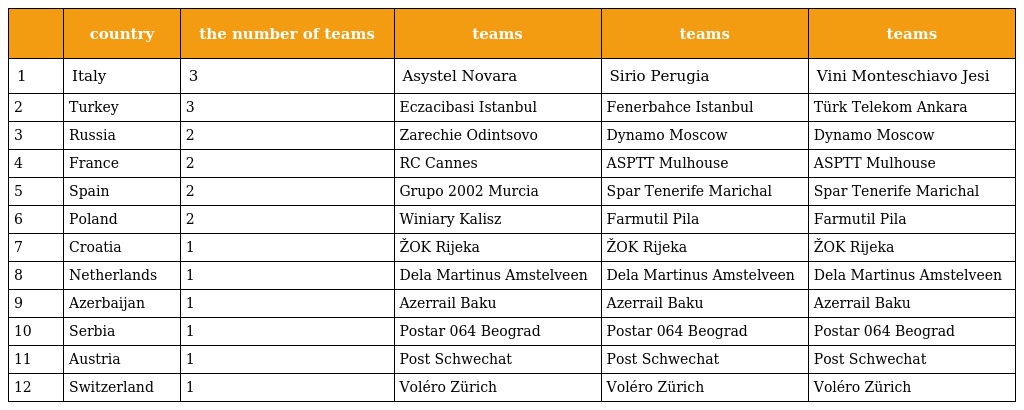
|  | country | the number of teams | teams | teams | teams |
 | --- | --- | --- | --- | --- | --- |
 | 1 | Italy | 3 | Asystel Novara | Sirio Perugia | Vini Monteschiavo Jesi |
 | 2 | Turkey | 3 | Eczacibasi Istanbul | Fenerbahce Istanbul | Türk Telekom Ankara |
 | 3 | Russia | 2 | Zarechie Odintsovo | Dynamo Moscow | Dynamo Moscow |
 | 4 | France | 2 | RC Cannes | ASPTT Mulhouse | ASPTT Mulhouse |
 | 5 | Spain | 2 | Grupo 2002 Murcia | Spar Tenerife Marichal | Spar Tenerife Marichal |
 | 6 | Poland | 2 | Winiary Kalisz | Farmutil Pila | Farmutil Pila |
 | 7 | Croatia | 1 | ŽOK Rijeka | ŽOK Rijeka | ŽOK Rijeka |
 | 8 | Netherlands | 1 | Dela Martinus Amstelveen | Dela Martinus Amstelveen | Dela Martinus Amstelveen |
 | 9 | Azerbaijan | 1 | Azerrail Baku | Azerrail Baku | Azerrail Baku |
 | 10 | Serbia | 1 | Postar 064 Beograd | Postar 064 Beograd | Postar 064 Beograd |
 | 11 | Austria | 1 | Post Schwechat | Post Schwechat | Post Schwechat |
 | 12 | Switzerland | 1 | Voléro Zürich | Voléro Zürich | Voléro Zürich |